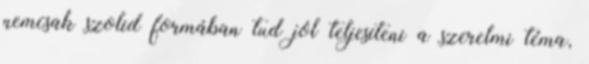
nemcsak szolid formában tud jól teljesíteni a szerelmi téma,